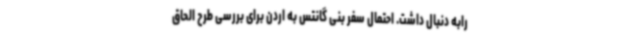
رابه دنبال داشت. احتمال سفر بنی گانتس به اردن برای بررسی طرح الحاق